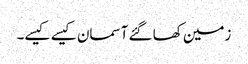
زمین کھا گئے آسمان کیسے کیسے۔